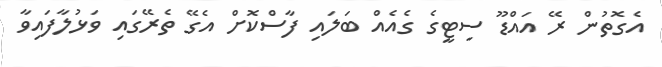
އެގޮތުން ރޭ އައްޑޫ ސިޓީގެ ގެއެއް ބަލައި ފާސްކޮށް އެގޭ ތެރޭގައި ވަޅުލާފައިވާ